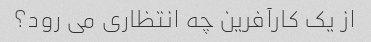
از یک کارآفرین چه انتظاری می رود؟